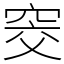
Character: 窔